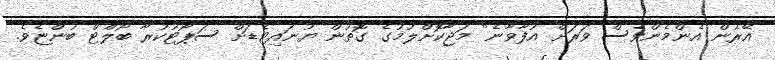
އޭރުން އެންމެންވެސް ވަރަށް އުފާވާނެ" މަޖާކޮށްލުމުގެ ގޮތުން ޔުނައިޓެޑަށް ސަޕޯޓުކުރާ ބޯލްޓް ބުންޏެވެ.